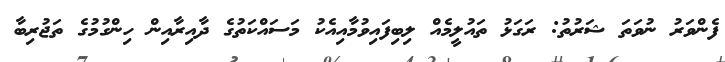
ފެންވަރު ނުވަތަ ޝަރުތު: ރަގަޅު ތައުލީމެއް ލިބިފައިވުމާއިއެކު މަސައްކަތުގެ ދާއިރާއިން ހިންގުމުގެ ތަޖުރިބާ